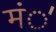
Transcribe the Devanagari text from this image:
मं॑